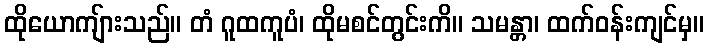
ထိုယောကျ်ားသည်။ တံ ဂူထကူပံ၊ ထိုမစင်တွင်းကိ။ သမန္တာ၊ ထက်ဝန်းကျင်မှ။